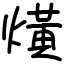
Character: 熿